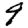
Digit: 9